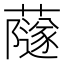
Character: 𧁂